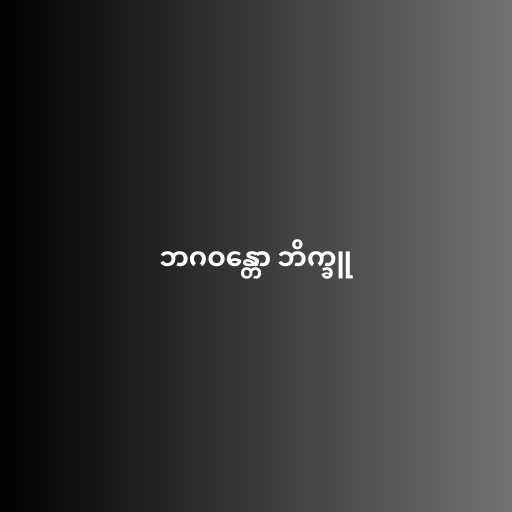
ဘဂဝန္တော ဘိက္ခူ